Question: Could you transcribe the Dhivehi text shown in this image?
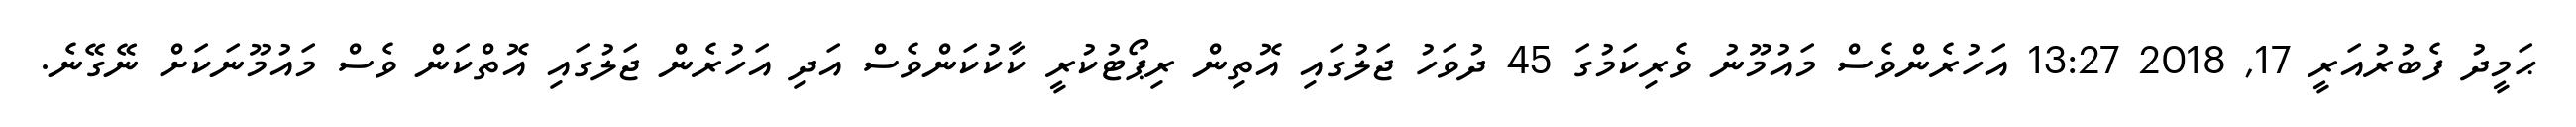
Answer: ޙަމީދު ފެބުރުއަރީ 17, 2018 13:27 އަހުރެންވެސް މައުމޫނު ވެރިކަމުގަ 45 ދުވަހު ޖަލުގައި އޮތިން ރިޕޯޓުކުރީ ކާކުކަންވެސް އަދި އަހުރެން ޖަލުގައި އޮތްކަން ވެސް މައުމޫނަކަށް ނޭގޭނެ.